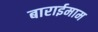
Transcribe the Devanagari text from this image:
बाराईमाम